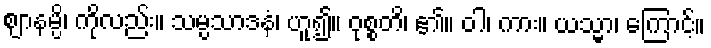
ဈာနမ္ပိ၊ ကိုလည်း။ သမ္ပသာဒနံ၊ ဟူ၍။ ဝုစ္စတိ၊ ၏။ ဝါ၊ ကား။ ယသ္မာ၊ ကြောင့်။